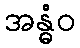
အန္ဓံဝ